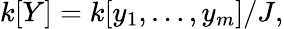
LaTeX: k[Y]=k[y_{1},\dots,y_{m}]/J,